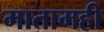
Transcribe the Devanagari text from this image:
मातामही